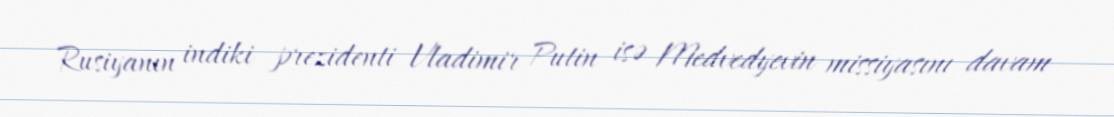
Rusiyanın indiki prezidenti Vladimir Putin isə Medvedyevin missiyasını davam